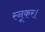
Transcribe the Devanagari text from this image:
स्नूकर।